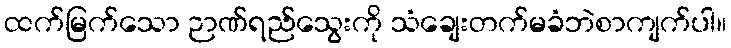
ထက်မြက်သော ဉာဏ်ရည်သွေးကို သံချေးတက်မခံဘဲစာကျက်ပါ။